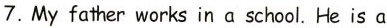
7. My father works in a school. He is a